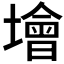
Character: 𡑭